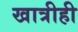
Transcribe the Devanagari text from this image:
खात्रीही